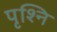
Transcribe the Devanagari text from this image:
पृश्नि